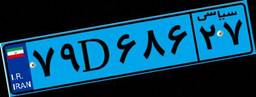
۷۹D۶۸۶۲۷